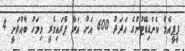
ޕީޕީއެމް ކެންޑިޑޭޓުންގެ އަދަދު 600 އަށް އަރާ ޕްރައިމެރީ މިމަހު ބާއްވަނީ 4